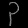
Digit: ၃